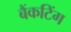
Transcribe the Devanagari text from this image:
बैंकटिंग